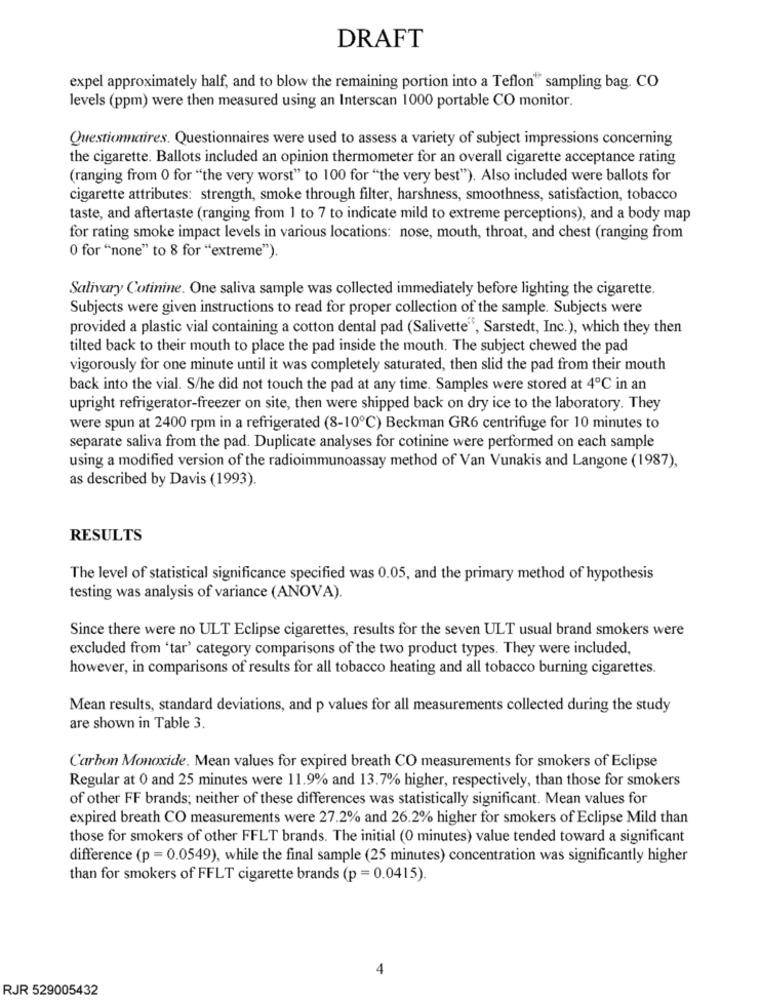
DRAFT
expel approximately half, and to blow the remaining portion into a Teflon" sampling bag. CO
levels (ppm) were then measured using an Interscan 1000 portable CO monitor.
Questionnaires. Questionnaires were used to assess a variety of subject impressions concerning
the cigarette. Ballots included an opinion thermometer for an overall cigarette acceptance rating
(ranging from 0 for "the very worst" to 100 for "the very best"). Also included were ballots for
cigarette attributes: strength, smoke through filter, harshness, smoothness, satisfaction, tobacco
taste, and aftertaste (ranging from 1 to 7 to indicate mild to extreme perceptions), and a body map
for rating smoke impact levels in various locations: nose, mouth, throat, and chest (ranging from
0 for "none" to 8 for "extreme").
Salivary Cotinine. One saliva sample was collected immediately before lighting the cigarette.
Subjects were given instructions to read for proper collection of the sample. Subjects were
provided a plastic vial containing a cotton dental pad (Salivette", Sarstedt, Inc.), which they then
tilted back to their mouth to place the pad inside the mouth. The subject chewed the pad
vigorously for one minute until it was completely saturated, then slid the pad from their mouth
back into the vial. S/he did not touch the pad at any time. Samples were stored at 4℃ in an
upright refrigerator-freezer on site, then were shipped back on dry ice to the laboratory. They
were spun at 2400 rpm in a refrigerated (8-10℃) Beckman GR6 centrifuge for 10 minutes to
separate saliva from the pad. Duplicate analyses for cotinine were performed on each sample
using a modified version of the radioimmunoassay method of Van Vunakis and Langone (1987),
as described by Davis (1993).
RESULTS
The level of statistical significance specified was 0.05, and the primary method of hypothesis
testing was analysis of variance (ANOVA).
Since there were no ULT Eclipse cigarettes, results for the seven ULT usual brand smokers were
excluded from 'tar' category comparisons of the two product types. They were included,
however, in comparisons of results for all tobacco heating and all tobacco burning cigarettes.
Mean results, standard deviations, and p values for all measurements collected during the study
are shown in Table 3.
Carbon Monoxide. Mean values for expired breath CO measurements for smokers of Eclipse
Regular at 0 and 25 minutes were 11.9% and 13.7% higher, respectively, than those for smokers
of other FF brands; neither of these differences was statistically significant. Mean values for
expired breath CO measurements were 27.2% and 26.2% higher for smokers of Eclipse Mild than
those for smokers of other FFLT brands. The initial (0 minutes) value tended toward a significant
difference (p = 0.0549), while the final sample (25 minutes) concentration was significantly higher
than for smokers of FFLT cigarette brands (p =0.0415).
4
RJR 529005432